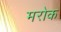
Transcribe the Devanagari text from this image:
मरोक